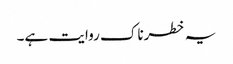
یہ خطرناک روایت ہے۔